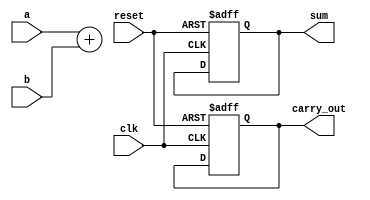
module example (
    input wire clk,         // Clock input
    input wire reset,       // Reset input
    input wire [3:0] a,     // 4-bit input a
    input wire [3:0] b,     // 4-bit input b
    output reg [3:0] sum,    // 4-bit output sum
    output reg carry_out     // Carry output
);

// Combinational logic using always @*
always @* begin
    {carry_out, sum} = a + b; // Calculate sum and carry
end

// Sequential logic using always @ (posedge clk)
always @(posedge clk or posedge reset) begin
    if (reset) begin
        sum <= 4'b0000;         // Reset sum to 0
        carry_out <= 1'b0;      // Reset carry out to 0
    end else begin
        // Update the sum and carry_out based on the previous values
        // In this case, the sum is already calculated in the combinational block
        // If needed, you can perform additional operations here
    end
end

endmodule